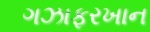
ગઝાફરખાન